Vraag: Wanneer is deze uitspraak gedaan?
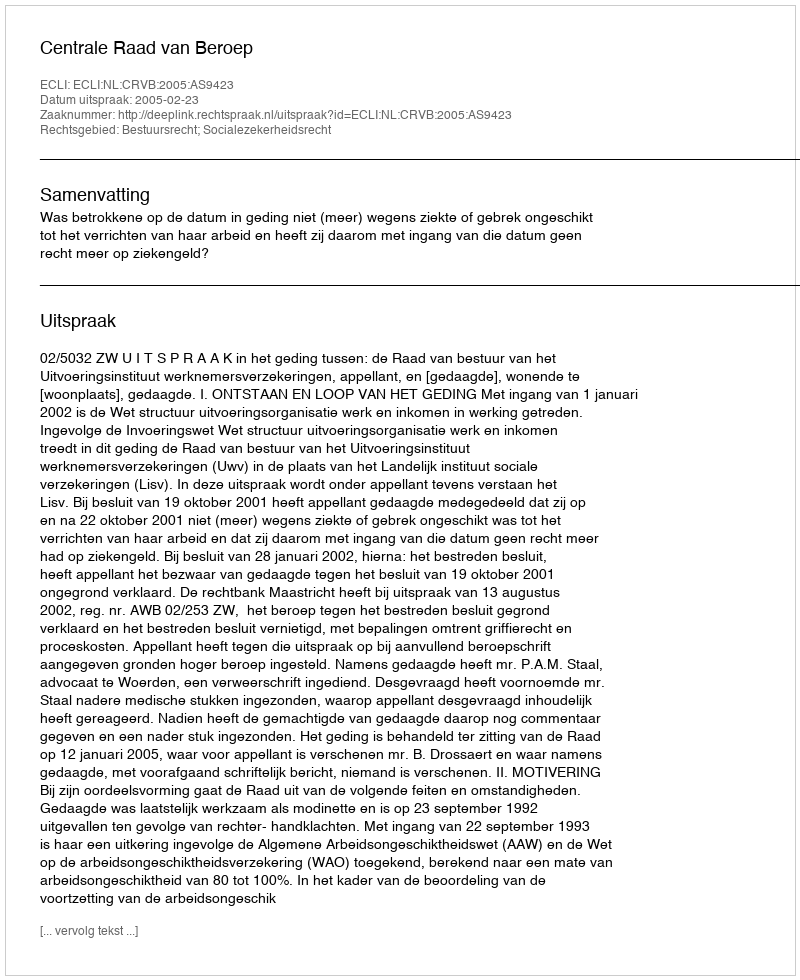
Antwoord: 2005-02-23